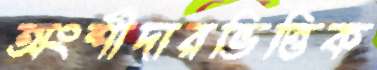
অংশীদারভিত্তিক